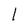
Character: 1